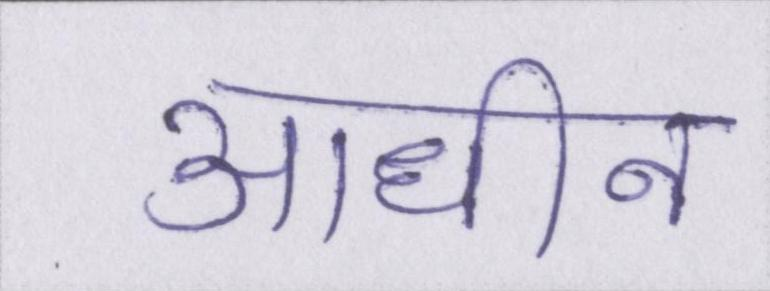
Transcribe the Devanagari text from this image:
आधीन